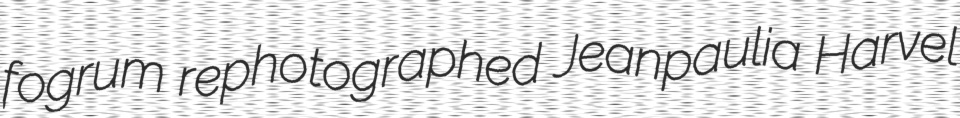
fogrum rephotographed Jeanpaulia Harvel